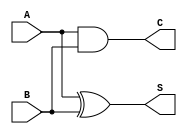
module threshold_half_adder (
    input wire A,  // First binary input
    input wire B,  // Second binary input
    output wire S, // Sum output
    output wire C  // Carry output
);

// Sum output (S): high if exactly one of the inputs is high
assign S = (A ^ B); // XOR operation gives the desired sum behavior

// Carry output (C): high if both inputs are high
assign C = A & B; // AND operation gives the desired carry behavior

endmodule